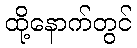
ထို့နောက်တွင်